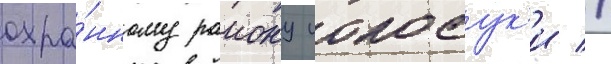
охра́нному раиону иокосук'и //